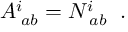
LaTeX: A _ { \; a b } ^ { i } = N _ { \; a b } ^ { i } \; \; .